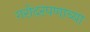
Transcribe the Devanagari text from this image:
गरोदरपणाच्या